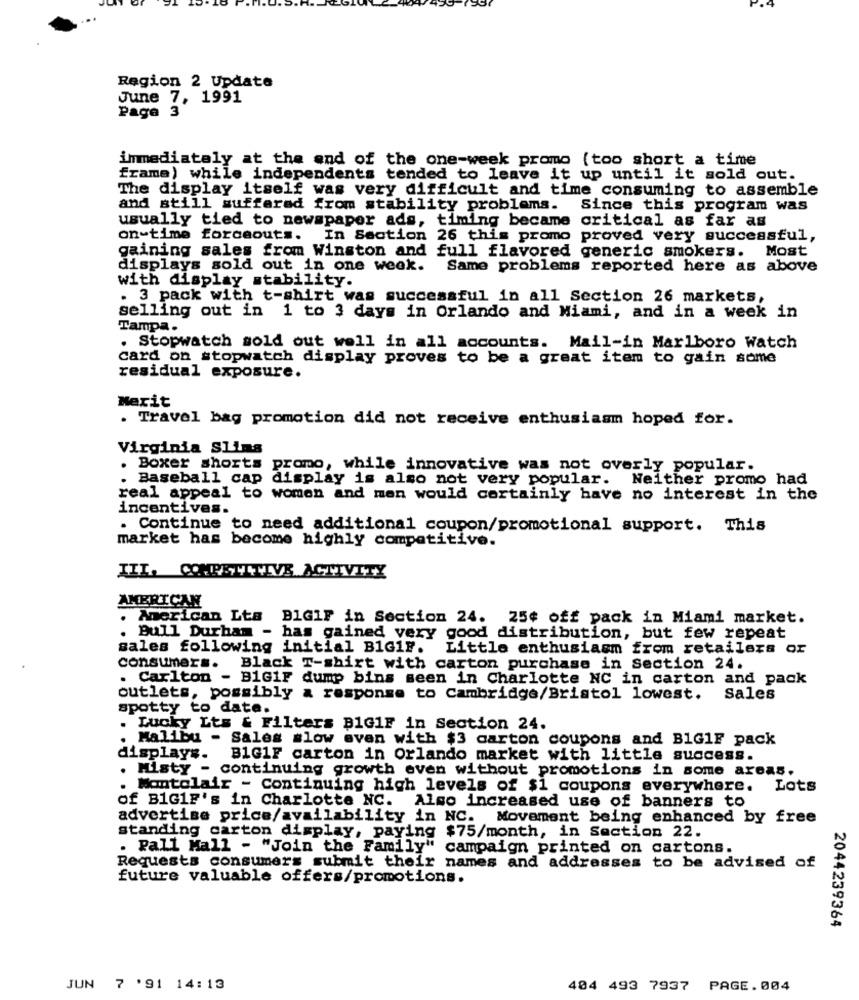
Region 2 Update
June 7, 1991
Page
immediately at the end of the one-week promo (too short a time
frame) while independents tended to leave it up until it sold out.
The display itself was very difficult and time consuming to assemble
and still suffered from stability problems.
Since this program was
usually tied to newspaper ads, timing became critical as far as
on-time forceouts.
In Section 26 this promo proved very successful,
gaining sales from Winston and full flavored generic smokers. Most
displays sold out in one week. Same problems reported here as above
with display stability.
. 3 pack with t-shirt was successful in all Section 26 markets,
selling out in 1 to 3 days in Orlando and Miami, and in a week in
Tampa.
. Stopwatch sold out well in all accounts. Mail-in Marlboro Watch
card on stopwatch display proves to be a great item to gain some
residual exposure.
Merit
. Travel bag promotion did not receive enthusiasm hoped for.
Virginia Slims
Boxer shorts
promo, while innovative was not overly popular.
. Baseball cap display is also not very popular. Neither promo had
real appeal to women and men would certainly have no interest in the
incentives.
. Continue to need additional coupon/promotional support. This
market has become highly competitive.
IIL. COMPETITIVE ACTIVITY
AMERICAN
Merican Lts
BIGIF in Section 24. 25¢ off pack in Miami market.
. Bull Durham - has gained very good distribution, but few repeat
sales following initial B1Gir.
Little enthusiasm from retailers or
consumers. Black T-shirt with carton purchase in Section 24.
. Carlton - BiGiF dump bins seen in Charlotte NC in carton and pack
outlets, possibly a response to Cambridge/Bristol lowest.
Sales
spotty to date.
. Lucky Lts & Filters B1G1F in Section 24.
Malibu - Sales slow even with $3 carton coupons and B1G1F pack
displays.
B1G1F carton in Orlando market with little success.
Misty - continuing growth even without promotions in some areas.
. Mantolair - Continuing high levels of $1 coupons everywhere.
Lots
of B1G1F's in Charlotte NC. Also increased use of banners to
advertise price/availability in NC. Movement being enhanced by free
standing carton display, paying $75/month, in Section 22.
. Pall Mall - "Join the Family" campaign printed on cartons.
Requests consumers submit their names and addresses to be advised of
future valuable offers/promotions.
2044239364
JUN 7 '91 14:13
404 493 7937
PAGE. 004